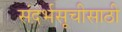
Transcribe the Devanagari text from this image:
संदर्भसूचीसाठी